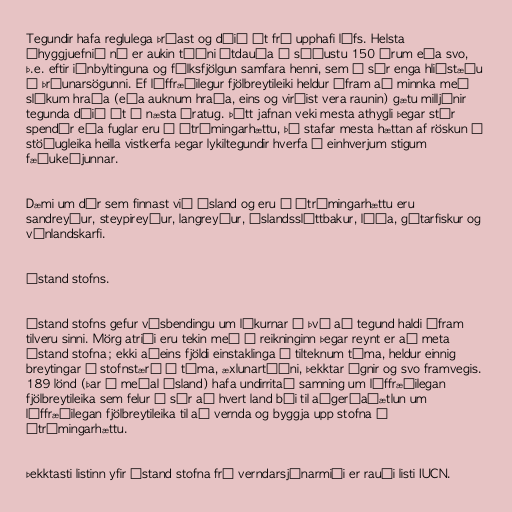
Tegundir hafa reglulega þróast og dáið út frá upphafi lífs. Helsta
áhyggjuefnið nú er aukin tíðni útdauða á síðustu 150 árum eða svo,
þ.e. eftir iðnbyltinguna og fólksfjölgun samfara henni, sem á sér enga hliðstæðu
í þróunarsögunni. Ef líffræðilegur fjölbreytileiki heldur áfram að minnka með
slíkum hraða (eða auknum hraða, eins og virðist vera raunin) gætu milljónir
tegunda dáið út á næsta áratug. Þótt jafnan veki mesta athygli þegar stór
spendýr eða fuglar eru í útrýmingarhættu, þá stafar mesta hættan af röskun á
stöðugleika heilla vistkerfa þegar lykiltegundir hverfa á einhverjum stigum
fæðukeðjunnar.

Dæmi um dýr sem finnast við Ísland og eru í útrýmingarhættu eru
sandreyður, steypireyður, langreyður, íslandssléttbakur, lúða, gítarfiskur og
vínlandskarfi.

Ástand stofns.

Ástand stofns gefur vísbendingu um líkurnar á því að tegund haldi áfram
tilveru sinni. Mörg atriði eru tekin með í reikninginn þegar reynt er að meta
ástand stofna; ekki aðeins fjöldi einstaklinga á tilteknum tíma, heldur einnig
breytingar á stofnstærð í tíma, æxlunartíðni, þekktar ógnir og svo framvegis.
189 lönd (þar á meðal Ísland) hafa undirritað samning um líffræðilegan
fjölbreytileika sem felur í sér að hvert land búi til aðgerðaáætlun um
líffræðilegan fjölbreytileika til að vernda og byggja upp stofna í
útrýmingarhættu.

Þekktasti listinn yfir ástand stofna frá verndarsjónarmiði er rauði listi IUCN.